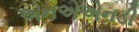
એનએએનડી